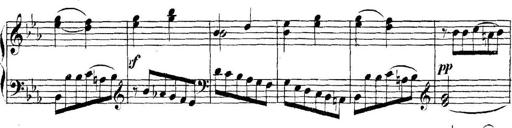
Title: Collected Piano Sonatas
Composer: Muzio Clementi